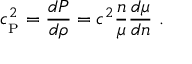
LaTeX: c _ { _ \mathrm { P } } ^ { 2 } = { \frac { d P } { d \rho } } = c ^ { 2 } { \frac { n } { \mu } } { \frac { d \mu } { d n } } \ .